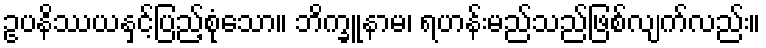
ဥပနိဿယနှင့်ပြည့်စုံသော။ ဘိက္ခူနာမ၊ ရဟန်းမည်သည်ဖြစ်လျက်လည်း။